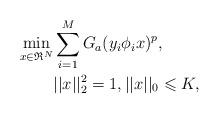
LaTeX: \begin{align*}\mathop {\min }\limits_{x\in \mathfrak{R}^N}& \sum_{i=1}^{M}G_a(y_i\phi_i x)^p,\\&||x||_2^2=1, ||x||_0 \leqslant K,\end{align*}